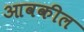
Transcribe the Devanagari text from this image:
आवकील